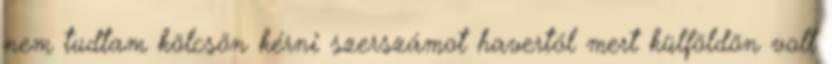
nem tudtam kölcsön kérni szerszámot havertól mert külföldön volt